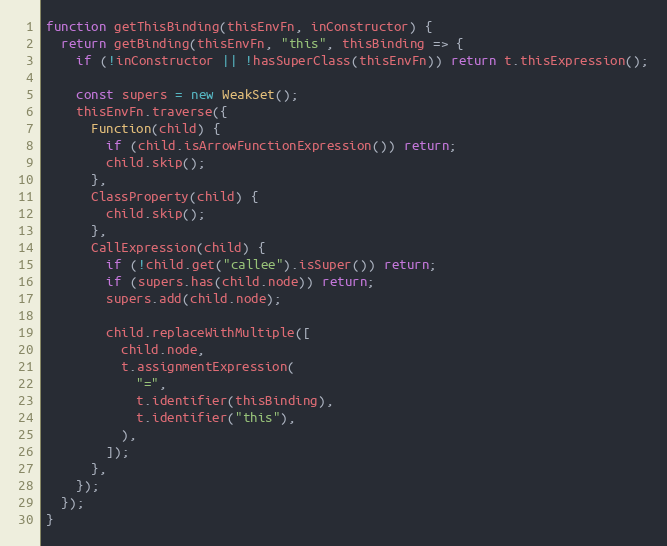
Language: JavaScript
function getThisBinding(thisEnvFn, inConstructor) {
  return getBinding(thisEnvFn, "this", thisBinding => {
    if (!inConstructor || !hasSuperClass(thisEnvFn)) return t.thisExpression();

    const supers = new WeakSet();
    thisEnvFn.traverse({
      Function(child) {
        if (child.isArrowFunctionExpression()) return;
        child.skip();
      },
      ClassProperty(child) {
        child.skip();
      },
      CallExpression(child) {
        if (!child.get("callee").isSuper()) return;
        if (supers.has(child.node)) return;
        supers.add(child.node);

        child.replaceWithMultiple([
          child.node,
          t.assignmentExpression(
            "=",
            t.identifier(thisBinding),
            t.identifier("this"),
          ),
        ]);
      },
    });
  });
}